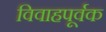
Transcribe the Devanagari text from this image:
विवाहपूर्वक